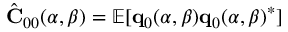
\hat { \bf C } _ { 0 0 } ( \alpha , \beta ) = \mathbb { E } [ { \bf q } _ { 0 } ( \alpha , \beta ) { \bf q } _ { 0 } ( \alpha , \beta ) ^ { * } ]